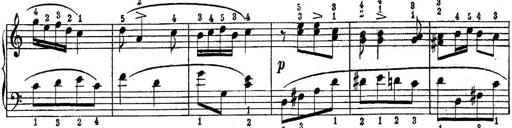
Title: Piano Sonatina No.1 in C major
Composer: Tadeusz Joteyko
Key: C major